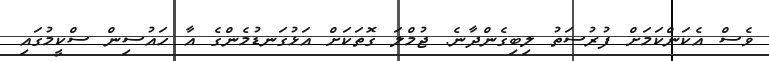
ވެސް އެކަންކަމަށް ފުރުސަތު ލިބިގެންދާނެ. ޖުމްލަ ގޮތަކަށް އަޅުގަނޑުމެންގެ އާ ހައުސިން ސްކީމުގައި